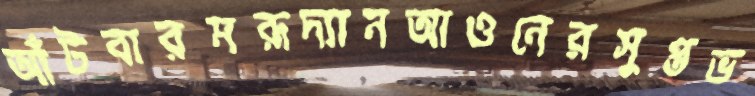
আঁটবারমরূদ্যানআওনেরসুপ্তভ